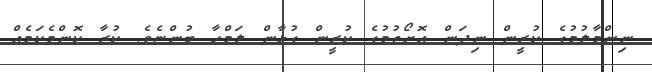
ނިންމާލުމުގެ ކުރީން ނިދަން އޮށޯތުމުގެ ކުރީން ގުޅާން ލަމްހާ ބުންޏެވެ. ކުރާ ކޮންމެކަމެއް